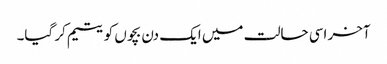
آخر اسی حالت میں ایک دن بچوں کو یتیم کر گیا۔